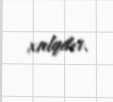
xalqdır.